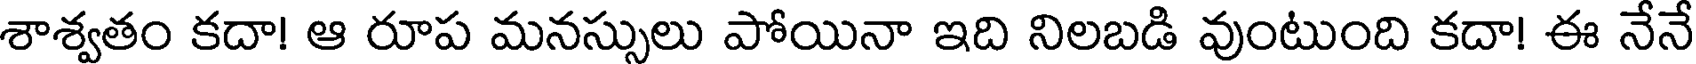
శాశ్వతం కదా! ఆ రూప మనస్సులు పోయినా ఇది నిలబడి వుంటుంది కదా! ఈ నేనే